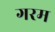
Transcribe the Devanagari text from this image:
गरम